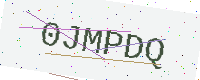
Text: 0JMPDQ